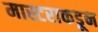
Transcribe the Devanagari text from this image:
मास्टराकडून